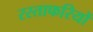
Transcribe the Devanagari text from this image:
रस्ताफरियों